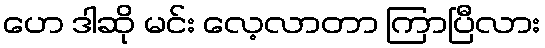
ဟေ ဒါဆို မင်း လေ့လာတာ ကြာပြီလား